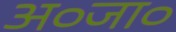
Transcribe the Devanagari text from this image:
अ०जा०